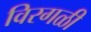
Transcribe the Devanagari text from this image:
विरगळी